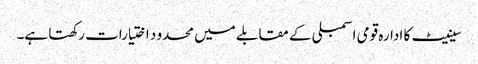
سینیٹ کا ادارہ قومی اسمبلی کے مقابلے میں محدو د اختیارات رکھتا ہے۔